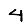
Digit: 4